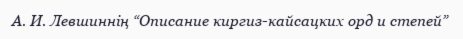
А. И. Левшиннің “Описание киргиз-кайсацких орд и степей”